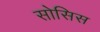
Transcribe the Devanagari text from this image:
सोसिस